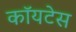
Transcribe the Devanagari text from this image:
कॉयटेस